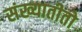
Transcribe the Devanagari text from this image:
संख्यातीतो